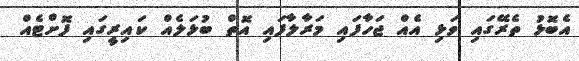
އެބޮޅު ތެރޭގައި ވަޅި އެއް ޖަހާފައި މަރާލާފައި އޮތް ބުޅަލެއް ކައިރީގައި ފޮށްޓެއް